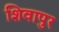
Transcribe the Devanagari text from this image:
शिवापुर